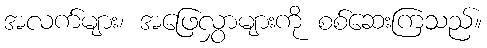
အလက်များ၊ အဖြေလွှာများကို စစ်ဆေးကြသည်။